Burma Government Medical School reports 1923-41
Year: 1923
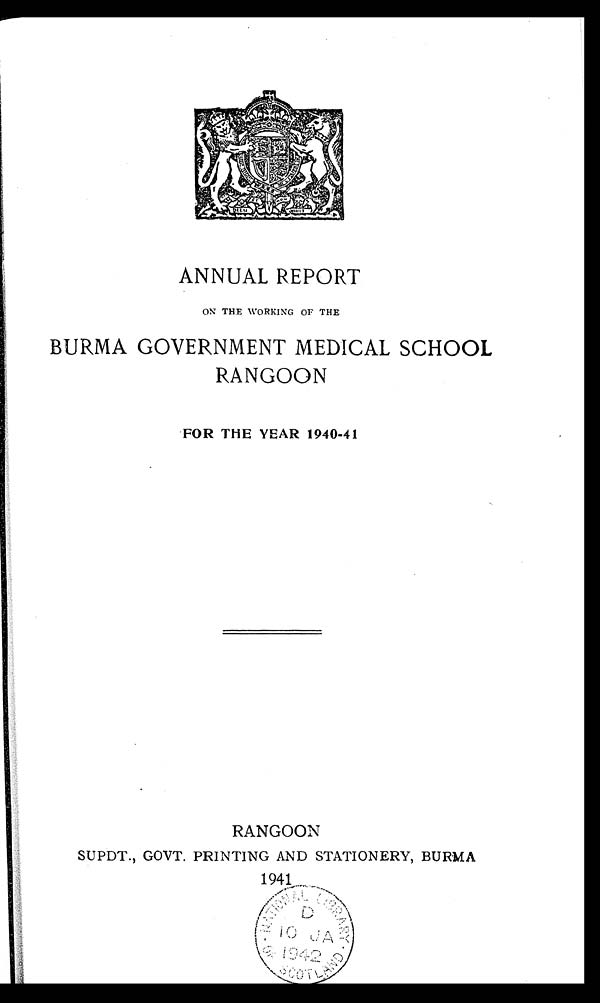
ANNUAL REPORT
ON THE WORKING OF THE
BURMA GOVERNMENT MEDICAL SCHOOL
RANGOON
FOR THE YEAR 1940-41
RANGOON
SUPDT., GOVT. PRINTING AND STATIONERY, BURMA
1941